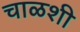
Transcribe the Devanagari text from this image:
चाळशी